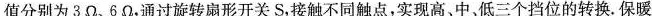
值分别为3Ω、6Ω，通过旋转扇形开关S，接触不同触点，实现高、中、低三个挡位的转换.保暖